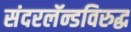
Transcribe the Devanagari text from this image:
संदरलॅन्डविरुद्ध